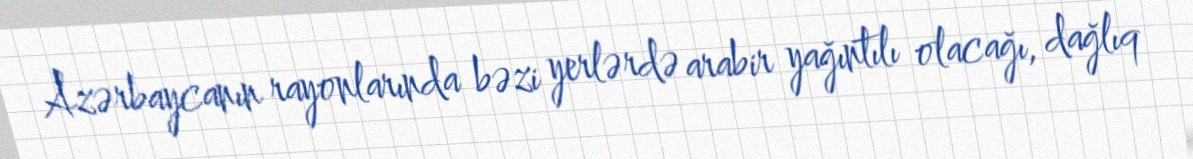
Azərbaycanın rayonlarında bəzi yerlərdə arabir yağıntılı olacağı, dağlıq